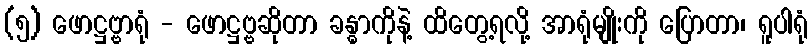
(၅) ဖောဋ္ဌဗ္ဗာရုံ - ဖောဋ္ဌဗ္ဗဆိုတာ ခန္ဓာကိုနဲ့ ထိတွေ့ရလို့ အာရုံမျိုးကို ပြောတာ၊ ရူပါရုံ